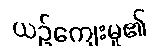
ယဉ်ကျေးမှု၏